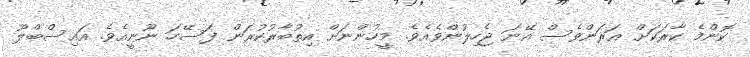
ކޮންމެ ކާރަކަށް އަރަންވެސް އޭނަ ޖެހިލުންވެއެވެ. މީހުންނަށް އިތުބާރުކުރަން ފަސޭހަ ނޫނީއެވެ. އައިސްބްލޫ